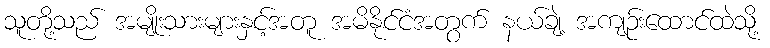
သူတို့သည် အမျိုးသားများနှင့်အတူ အမိနိုင်ငံအတွက် နယ်ချဲ့ အကျဉ်းထောင်ထဲသို့